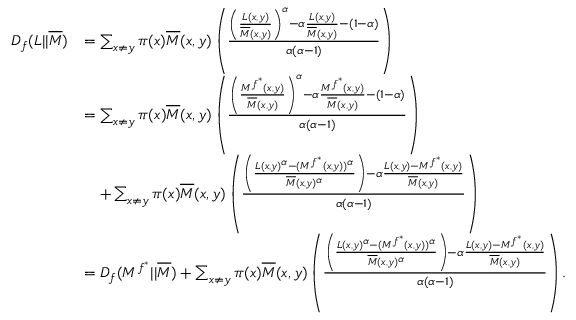
\begin{array} { r l } { D _ { f } ( L | | \overline { { M } } ) } & { = \sum _ { x \neq y } \pi ( x ) \overline { { M } } ( x , y ) \left( \frac { \left( \frac { L ( x , y ) } { \overline { { M } } ( x , y ) } \right) ^ { \alpha } - \alpha \frac { L ( x , y ) } { \overline { { M } } ( x , y ) } - ( 1 - \alpha ) } { \alpha ( \alpha - 1 ) } \right) } \\ & { = \sum _ { x \neq y } \pi ( x ) \overline { { M } } ( x , y ) \left( \frac { \left( \frac { M ^ { f ^ { * } } ( x , y ) } { \overline { { M } } ( x , y ) } \right) ^ { \alpha } - \alpha \frac { M ^ { f ^ { * } } ( x , y ) } { \overline { { M } } ( x , y ) } - ( 1 - \alpha ) } { \alpha ( \alpha - 1 ) } \right) } \\ & { \quad + \sum _ { x \neq y } \pi ( x ) \overline { { M } } ( x , y ) \left( \frac { \left( \frac { L ( x , y ) ^ { \alpha } - ( M ^ { f ^ { * } } ( x , y ) ) ^ { \alpha } } { \overline { { M } } ( x , y ) ^ { \alpha } } \right) - \alpha \frac { L ( x , y ) - M ^ { f ^ { * } } ( x , y ) } { \overline { { M } } ( x , y ) } } { \alpha ( \alpha - 1 ) } \right) } \\ & { = D _ { f } ( M ^ { f ^ { * } } | | \overline { { M } } ) + \sum _ { x \neq y } \pi ( x ) \overline { { M } } ( x , y ) \left( \frac { \left( \frac { L ( x , y ) ^ { \alpha } - ( M ^ { f ^ { * } } ( x , y ) ) ^ { \alpha } } { \overline { { M } } ( x , y ) ^ { \alpha } } \right) - \alpha \frac { L ( x , y ) - M ^ { f ^ { * } } ( x , y ) } { \overline { { M } } ( x , y ) } } { \alpha ( \alpha - 1 ) } \right) . } \end{array}